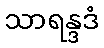
သာရန္ဒဒံ